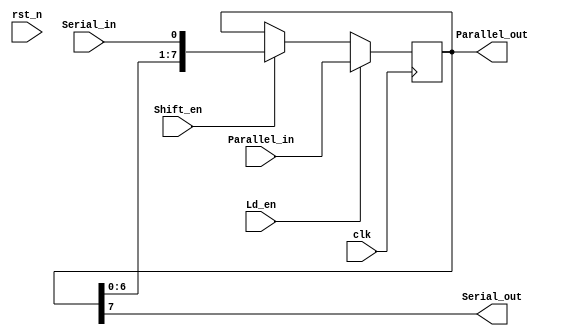
`timescale 1ns / 1ps
module Shift_Register
#(parameter DEPTH =8
)
(
	 input rst_n
	,input clk
	,input Ld_en
	,input Shift_en
	,input Serial_in
	,input [DEPTH-1:0] Parallel_in
	,output reg [DEPTH-1:0] Parallel_out
	,output reg Serial_out 
);
reg [DEPTH-1:0] shift_reg;

always @ (posedge clk)
begin
	if(Ld_en)
	begin
		shift_reg<=Parallel_in;
	end
	else if(Shift_en)
	begin
		shift_reg<={shift_reg[DEPTH-2:0],Serial_in};
	end
end
always @ (*)
begin
	Parallel_out=shift_reg;
	Serial_out=shift_reg[DEPTH-1];
end // always

endmodule